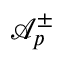
\mathcal { A } _ { p } ^ { \pm }